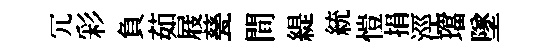
冗彩負茹屐甆間緹統愷捐涇璫墜